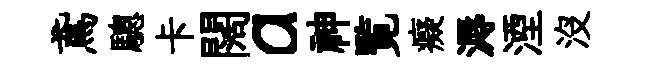
鳶驄卡闊a神覧癡溽湮没